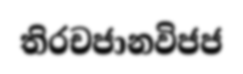
තිරචජානවිජජ